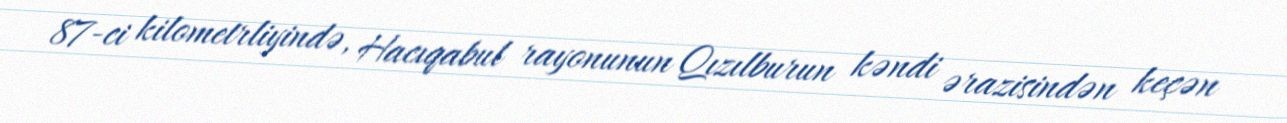
87-ci kilometrliyində, Hacıqabul rayonunun Qızılburun kəndi ərazisindən keçən